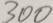
3 0 0